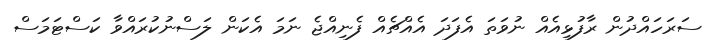
ސަރަހައްދުން ރާފުޅިއެއް ނުވަތަ އެފަދަ އެއްޗެއް ފެނިއްޖެ ނަމަ އެކަން ލަސްނުކުރައްވާ ކަސްޓަމަސް